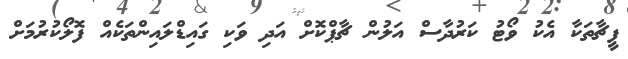
ފީޗާތަކާ އެކު ވޯޓު ކަރުދާސް އަލުން ޗާޕްކޮށް އަދި ވަކި ގައިޑްލައިންތަކެއް ފޮލޯކުރުމަށް